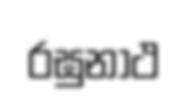
රඝුනාථ